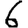
Digit: 6